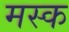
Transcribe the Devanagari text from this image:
मस्‍क